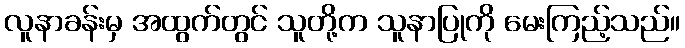
လူနာခန်းမှ အထွက်တွင် သူတို့က သူနာပြုကို မေးကြည့်သည်။